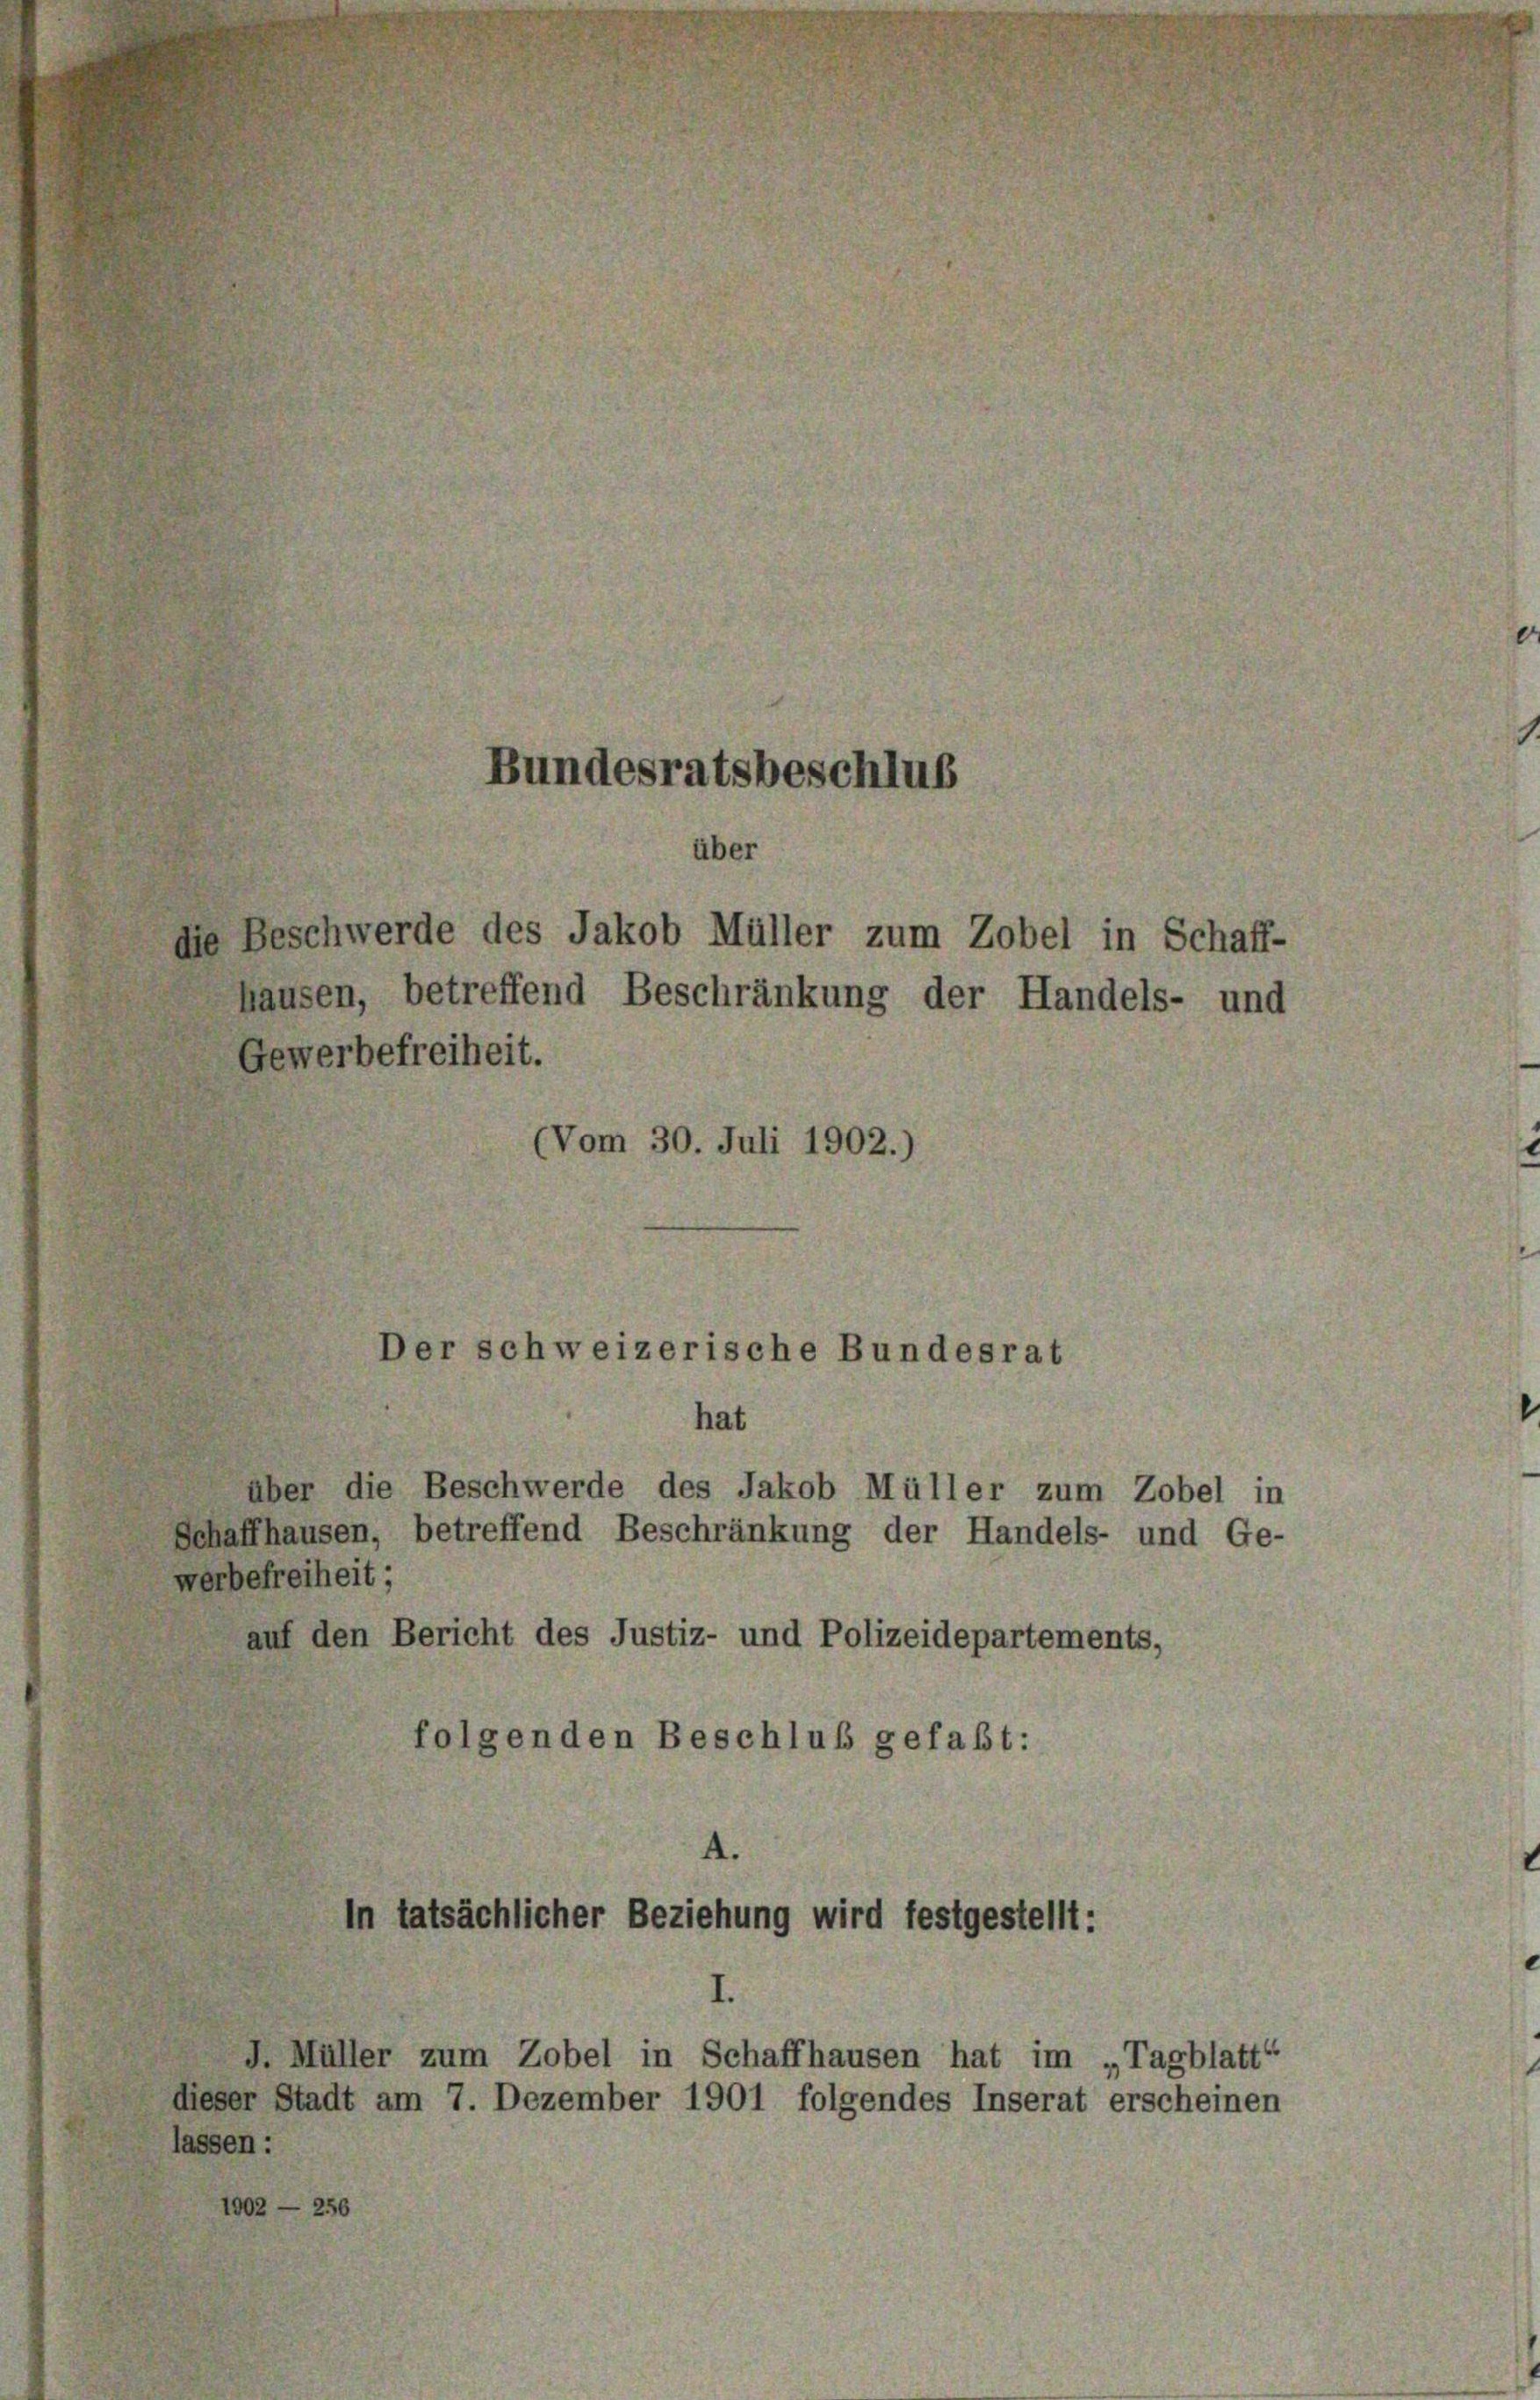
Bundesratsbeschluß
ber

die Beschwerde des Jakob Müller zum Zobel in Schaff-
hausen, betreffend Beschränkung der Handels- und
Gewerbefreiheit.
(Vom 30. Juli 1902.)

über die Beschwerde des Jakob Müller zum Zobel in
Schaffhausen, betreffend Beschränkung der Handels- und Ge-

Der schweizerische Bundesrat
hat

werbefreiheit;
auf den Bericht des Justiz- und Polizeidepartements,
folgenden Beschluß gefaßt:

n tatsächlicher Beziehung wird festgestellt:
J. Müller zum Zobel in Schaffhausen hat im „Tagblatt“

dieser Stadt am 7. Dezember 1901 folgendes Inserat erscheinen
lassen: